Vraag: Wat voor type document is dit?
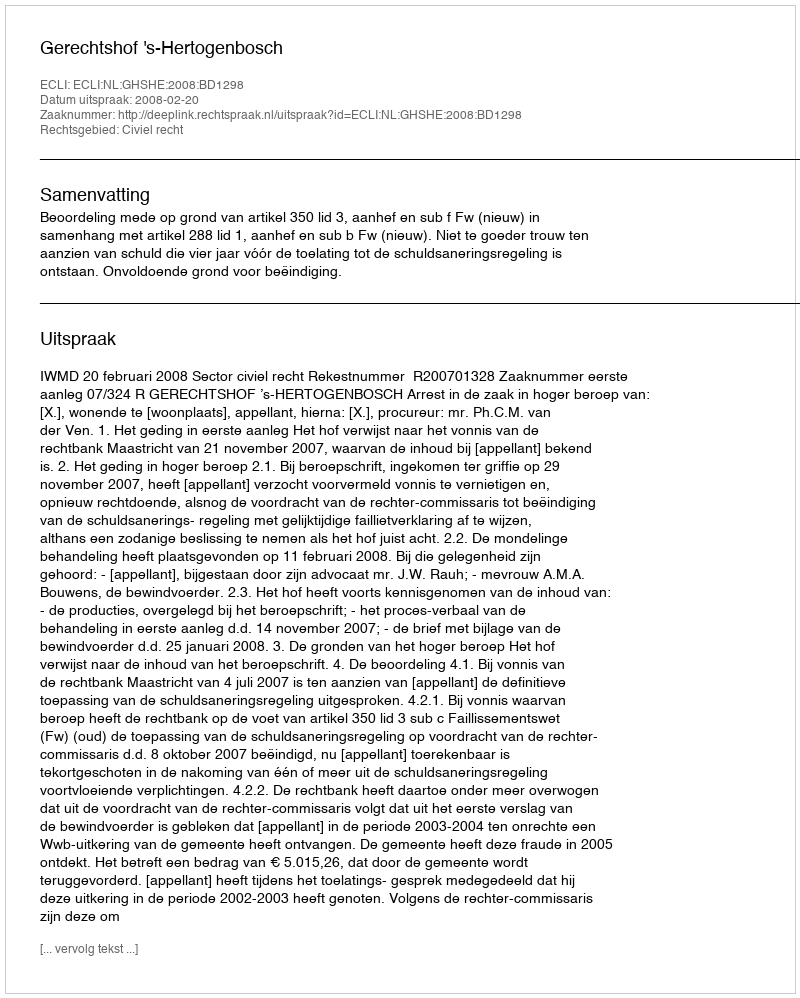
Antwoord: Uitspraak